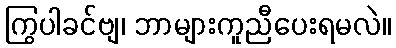
ကြွပါခင်ဗျ၊ ဘာများကူညီပေးရမလဲ။